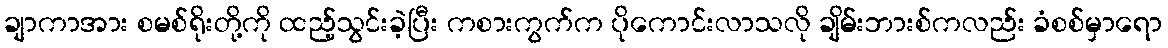
ချာကာအား စမစ်ရိုးတို့ကို ထည့်သွင်းခဲ့ပြီး ကစားကွက်က ပိုကောင်းလာသလို ချိမ်းဘားစ်ကလည်း ခံစစ်မှာရော